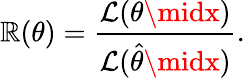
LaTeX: \mathbb{R}(\theta)={\frac{{{\mathcal{{L}}}(\theta\midx)}}{{{\mathcal{{L}}}({\hat{{\theta}}}\midx)}}}.